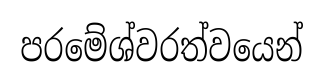
පරමේශ්වරත්වයෙන්